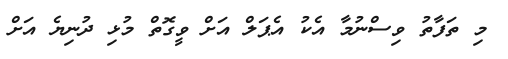
މި ތަފާތު ވިސްނުމާ އެކު އެޕަލް އަށް ވީގޮތް މުޅި ދުނިޔެ އަށް